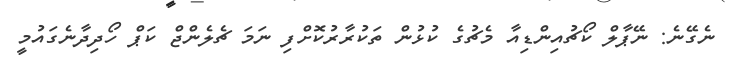
ނެގޭނެ: ނޭޕާލް ކޯޗުއިންޑިއާ މެޗުގެ ކުޅުން ތަކުރާރުކޮށްފި ނަމަ ޗެލެންޖް ކަޕް ހޯދިދާނެގައުމީ